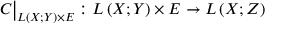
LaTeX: C { \big \vert } _ { L \left( X ; Y \right) \times E } : L \left( X ; Y \right) \times E \to L \left( X ; Z \right)